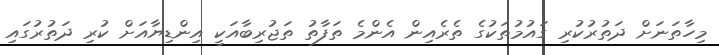
މިހާތަނަށް ދަތުރުކުރި ގައުމުތަކުގެ ތެރެއިން އެންމެ ތަފާތު ތަޖުރިބާއަކީ އިންޑިޔާއަށް ކުރި ދަތުރުގައި